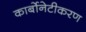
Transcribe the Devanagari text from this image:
कार्बोनेटीकरण